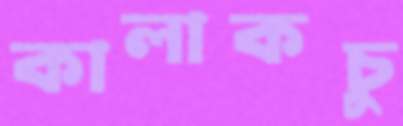
কালাকচু